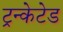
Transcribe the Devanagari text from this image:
ट्रन्केटेड